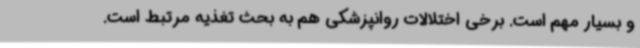
و بسیار مهم است. برخی اختلالات روانپزشکی هم به بحث تغذیه مرتبط است.